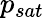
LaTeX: p_{sat}